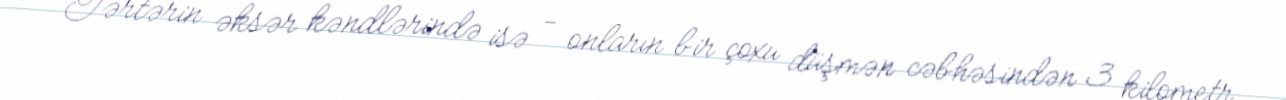
Tərtərin əksər kəndlərində isə - onların bir çoxu düşmən cəbhəsindən 3 kilometr